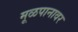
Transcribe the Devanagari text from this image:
मूळपानावर